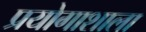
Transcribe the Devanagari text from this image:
प्रयोगाशाला